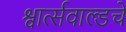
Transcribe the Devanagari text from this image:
श्वार्त्सवाल्डचे